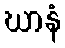
ဃာနံ